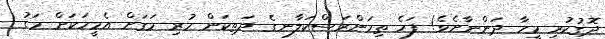
ދޮގުކުރި މީހާ ދަންނާށެވެ! ފަހެ ތިމަންރަސްކަލާނގެ ދަތިކަން ހުރި މަގަށް އެމީހަކަށް މަގު